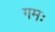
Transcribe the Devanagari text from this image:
गमः